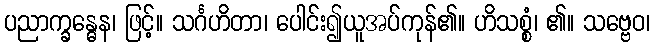
ပညာက္ခန္ဓေန၊ ဖြင့်။ သင်္ဂဟိတာ၊ ပေါင်း၍ယူအပ်ကုန်၏။ ဟိသစ္စံ၊ ၏။ သဗ္ဗေဝ၊